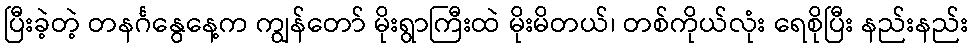
ပြီးခဲ့တဲ့ တနင်္ဂနွေနေ့က ကျွန်တော် မိုးရွာကြီးထဲ မိုးမိတယ်၊ တစ်ကိုယ်လုံး ရေစိုပြီး နည်းနည်း